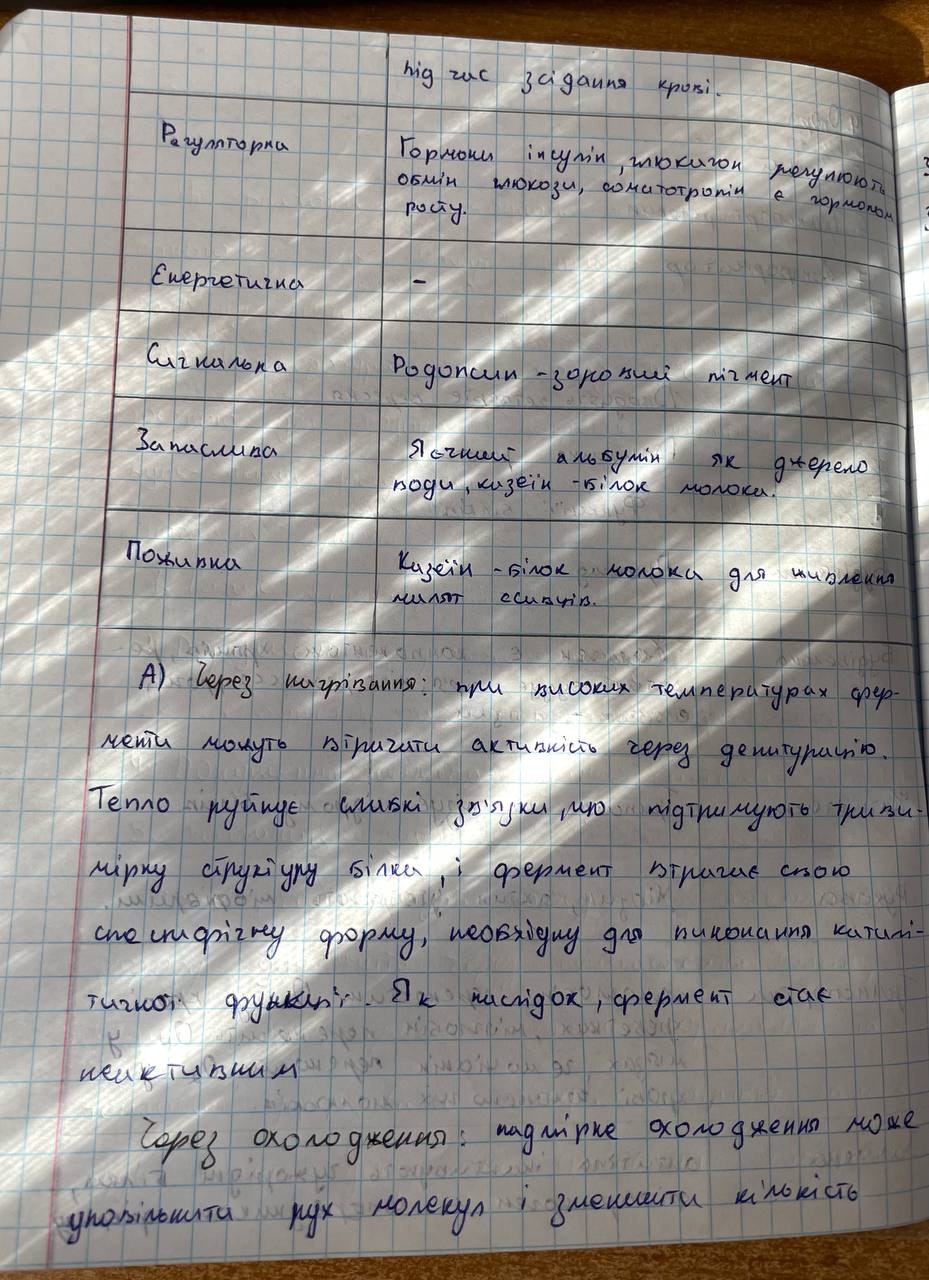
під час задання крові. | Регуляторна | Гормони інсулін,глюкигон регулюють обмін глюкози,сомитотропін є гармоном росту | Енергетично | - | Сигнальна | Родопсин -зоровий пігмент | Запаслива | Яочний альбумін як джерело води,казеїн-білок молока. | Поживна | Казеїн-білок молока для живлення чилят ссавців.
А) Через нагрівання: при високих температурах фер-
менти можуть втратити активність через денатурацію.
Тепло руйнує слабкі зв'язки, що підтримують триви-
мірну структуру білка, і фермент втрачає свою
специфічну форму, необхідну для виконання катилі-
тичної функції. Як наслідок, фермент стає
неективним
Через охолодження: надмірне охолодження може
уповільнити рух молекул і зменшити кількість